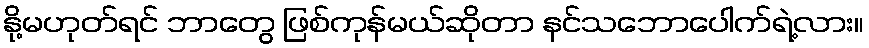
နို့မဟုတ်ရင် ဘာတွေ ဖြစ်ကုန်မယ်ဆိုတာ နင်သဘောပေါက်ရဲ့လား။